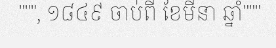
""", ១៨៤៩ ចាប់ពី ខែមីនា ឆ្នាំ"""